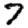
Digit: 7